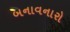
બનાવનારો